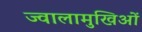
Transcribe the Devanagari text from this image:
ज्वालामुखिओं